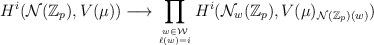
LaTeX: \begin{align*}H^i({\mathcal N}({\mathbb Z}_p),V(\mu))\longrightarrow\prod_{w\in {\mathcal W}\atop \ell(w)=i}H^i({\mathcal N}_w({\mathbb Z}_p),V(\mu)_{{\mathcal N}({\mathbb Z}_p)(w)})\end{align*}